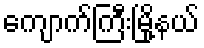
ကျောက်ကြီးမြို့နယ်